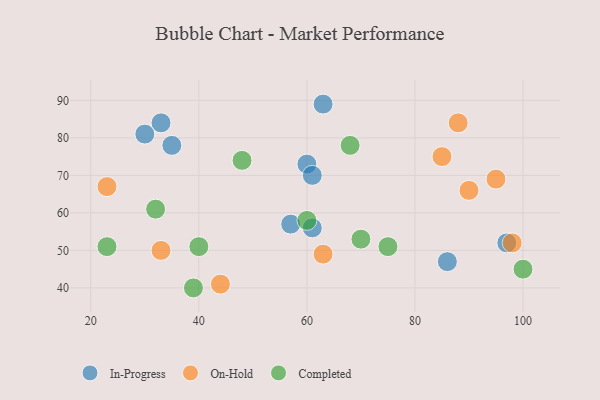
{"axis": {"x": "GDP", "y": "Life Expectancy"}, "legend": ["Completed", "In-Progress", "On-Hold"], "data": [{"x": "60", "y": 73, "type": "In-Progress"}, {"x": "97", "y": 52, "type": "In-Progress"}, {"x": "35", "y": 78, "type": "In-Progress"}, {"x": "33", "y": 84, "type": "In-Progress"}, {"x": "86", "y": 47, "type": "In-Progress"}, {"x": "61", "y": 56, "type": "In-Progress"}, {"x": "61", "y": 70, "type": "In-Progress"}, {"x": "63", "y": 89, "type": "In-Progress"}, {"x": "30", "y": 81, "type": "In-Progress"}, {"x": "57", "y": 57, "type": "In-Progress"}, {"x": "98", "y": 52, "type": "On-Hold"}, {"x": "95", "y": 69, "type": "On-Hold"}, {"x": "85", "y": 75, "type": "On-Hold"}, {"x": "44", "y": 41, "type": "On-Hold"}, {"x": "90", "y": 66, "type": "On-Hold"}, {"x": "23", "y": 67, "type": "On-Hold"}, {"x": "33", "y": 50, "type": "On-Hold"}, {"x": "88", "y": 84, "type": "On-Hold"}, {"x": "63", "y": 49, "type": "On-Hold"}, {"x": "75", "y": 51, "type": "Completed"}, {"x": "39", "y": 40, "type": "Completed"}, {"x": "40", "y": 51, "type": "Completed"}, {"x": "70", "y": 53, "type": "Completed"}, {"x": "23", "y": 51, "type": "Completed"}, {"x": "32", "y": 61, "type": "Completed"}, {"x": "68", "y": 78, "type": "Completed"}, {"x": "48", "y": 74, "type": "Completed"}, {"x": "100", "y": 45, "type": "Completed"}, {"x": "60", "y": 58, "type": "Completed"}]}